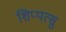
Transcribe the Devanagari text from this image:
शिप्पत्सु